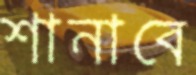
শানাবে